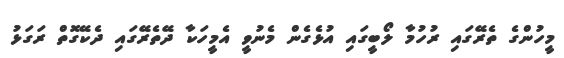
މީހުންގެ ތެރޭގައި ރުހުމާ ލޯބީގައި އުޅެގެން މެނުވީ އެމީހަކާ ދޭތެރޭގައި ދެކޭގޮތް ރަގަޅު